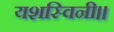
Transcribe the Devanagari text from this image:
यशस्विनी॥